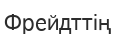
Фрейдттің